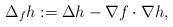
LaTeX: \begin{align*}\Delta_f h:= \Delta h-\nabla f \cdot \nabla h,\end{align*}